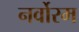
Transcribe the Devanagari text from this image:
नर्वोरम